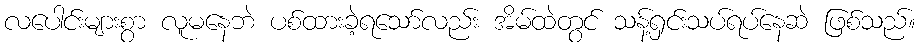
လပေါင်းများစွာ လူမနေဘဲ ပစ်ထားခဲ့ရသော်လည်း အိမ်ထဲတွင် သန့်ရှင်းသပ်ရပ်နေဆဲ ဖြစ်သည်။